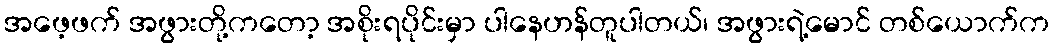
အဖေ့ဖက် အဖွားတို့ကတော့ အစိုးရပိုင်းမှာ ပါနေဟန်တူပါတယ်၊ အဖွားရဲ့မောင် တစ်ယောက်က